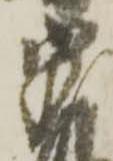
宗